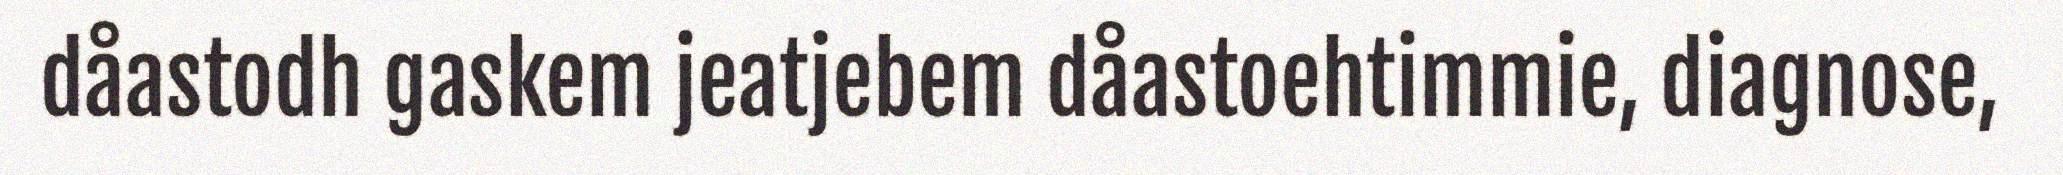
dåastodh gaskem jeatjebem dåastoehtimmie, diagnose,